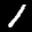
Label: 1